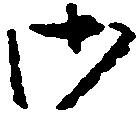
御